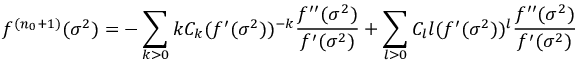
f ^ { ( n _ { 0 } + 1 ) } ( \sigma ^ { 2 } ) = - \sum _ { k > 0 } k C _ { k } ( f ^ { \prime } ( \sigma ^ { 2 } ) ) ^ { - k } \frac { f ^ { \prime \prime } ( \sigma ^ { 2 } ) } { f ^ { \prime } ( \sigma ^ { 2 } ) } + \sum _ { l > 0 } C _ { l } l ( f ^ { \prime } ( \sigma ^ { 2 } ) ) ^ { l } \frac { f ^ { \prime \prime } ( \sigma ^ { 2 } ) } { f ^ { \prime } ( \sigma ^ { 2 } ) }